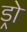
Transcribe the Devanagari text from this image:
ड्रो